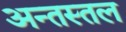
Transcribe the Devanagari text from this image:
अन्तस्तल